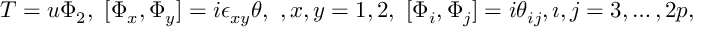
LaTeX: T = u \Phi _ { 2 } , \ [ \Phi _ { x } , \Phi _ { y } ] = i \epsilon _ { x y } \theta , \ , x , y = 1 , 2 , \ [ \Phi _ { i } , \Phi _ { j } ] = i \theta _ { i j } , \i , j = 3 , \dots , 2 p ,